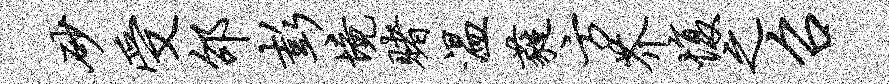
砂受邵彭境赌温蕤方芥愎之召